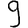
Digit: 9